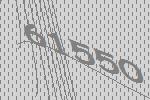
61550